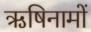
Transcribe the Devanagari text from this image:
ऋषिनामों